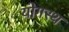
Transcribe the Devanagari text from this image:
योगस्थ